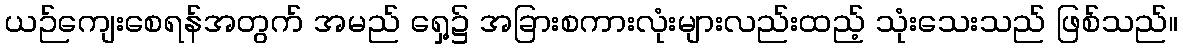
ယဉ်ကျေးစေရန်အတွက် အမည် ရှေ့၌ အခြားစကားလုံးများလည်းထည့် သုံးသေးသည် ဖြစ်သည်။